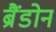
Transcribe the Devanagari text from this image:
ब्रैंडोन